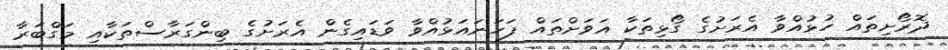
ދޮރޯށިތައް ހުޅުއްވާ އެރަށުގެ ގޯޅިތަކާ އަވަށްތައް ފަހަނައަޅުއްވާ ވަޑައިގެން އެރަށުގެ ބިންގަރާސްތަކާއި މަގްބަރާ